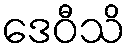
ဒေဝီသိ